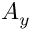
A _ { y }